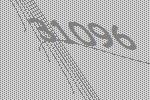
31096